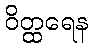
ဝိတ္ထရေန